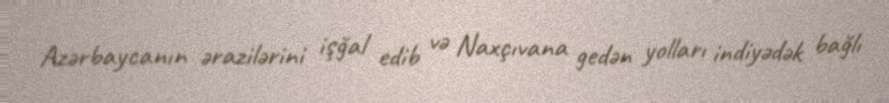
Azərbaycanın ərazilərini işğal edib və Naxçıvana gedən yolları indiyədək bağlı